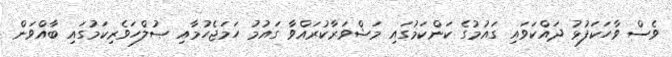
ވެސް ވާހަކަފުޅު ދައްކަވައި ގައުމުގެ ކަންކަމުގައި މަޝްވަރާކުރައްވާ ގައުމު ހަމަޖެހުމާއި ޞުލްހަވެރިކަމުގައި ބާއްވަން